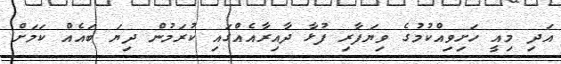
އަދި މިއީ ހަށިވިއްކުމުގެ ވިޔަފާރި ފުޅާ ދާއިރާއެއްގައި ކުރަމުން ދިޔަ ބައެއް ކަމަށް